Problem: 3 × 6 = ?
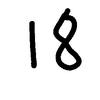
Handwritten answer: 18